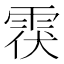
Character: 𲉶